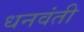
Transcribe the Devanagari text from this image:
धनवंती